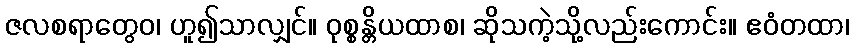
ဇလစရာတွေဝ၊ ဟူ၍သာလျှင်။ ဝုစ္စန္တိယထာစ၊ ဆိုသကဲ့သို့လည်းကောင်း။ ဧဝံတထာ၊